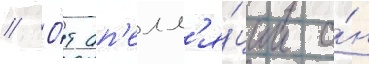
// О́т ап'елл'я́ции о́н